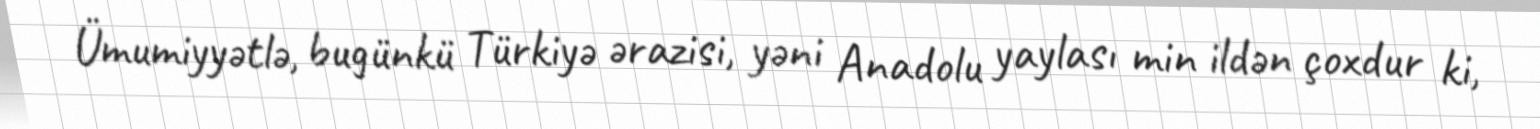
Ümumiyyətlə, bugünkü Türkiyə ərazisi, yəni Anadolu yaylası min ildən çoxdur ki,